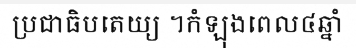
ប្រជាធិបតេយ្យ ។កំឡុងពេល៤ឆ្នាំ